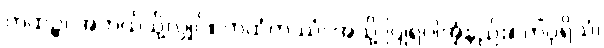
ကထဉ္စ၊ အဘယ်သို့လျှင်။ ကထံကဿံ၊ အသို့ ပြုရပါအံ့နည်း။ ကိံပုရိသံ၊